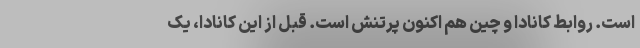
است. روابط کانادا و چین هم اکنون پرتنش است. قبل از این کانادا، یک